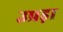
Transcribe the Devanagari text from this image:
उप्रड़ा